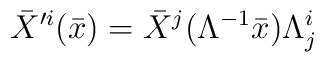
\bar{X}^{\prime i} (\bar{x}) = \bar{X}^j(\Lambda^{-1}\bar{x})\Lambda_j^i